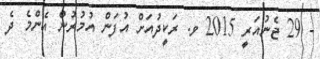
- 29 ޖެނުއަރީ 2015 ވ. ރަކީދުއަށް އުފަން އުމުރުން އެންމެ ދެ